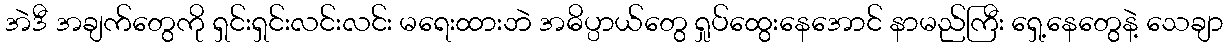
အဲဒီ အချက်တွေကို ရှင်းရှင်းလင်းလင်း မရေးထားဘဲ အဓိပ္ပာယ်တွေ ရှုပ်ထွေးနေအောင် နာမည်ကြီး ရှေ့နေတွေနဲ့ သေချာ